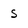
Character: S